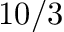
1 0 / 3